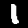
Label: 1